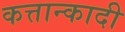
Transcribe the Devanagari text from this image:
कत्तान्कादी